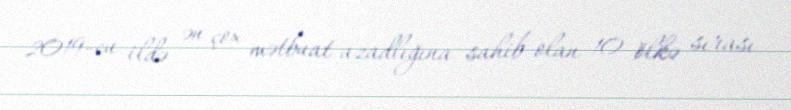
2019-cu ildə ən çox mətbuat azadlığına sahib olan 10 ölkə sırası